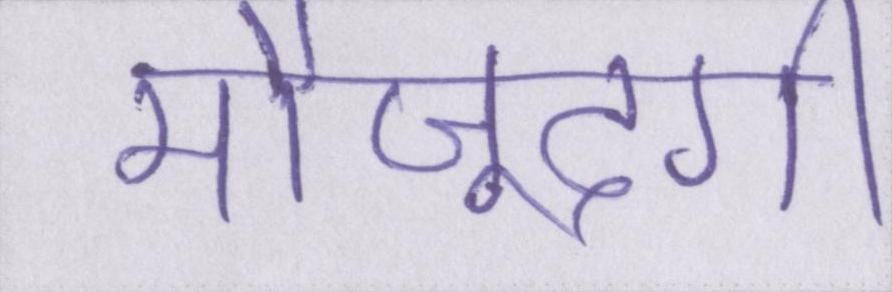
मौजूदगी